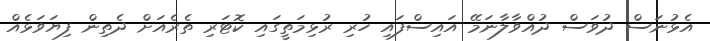
އެޅުނަސް ދުވަސް ދުއްވާލާނަމޭ އައިސްފައި ހުރި ރުޅިމަތީގައި ކޮޓަރި ތެރެއަށް ދެތިން ފިޔަވަޅެއް